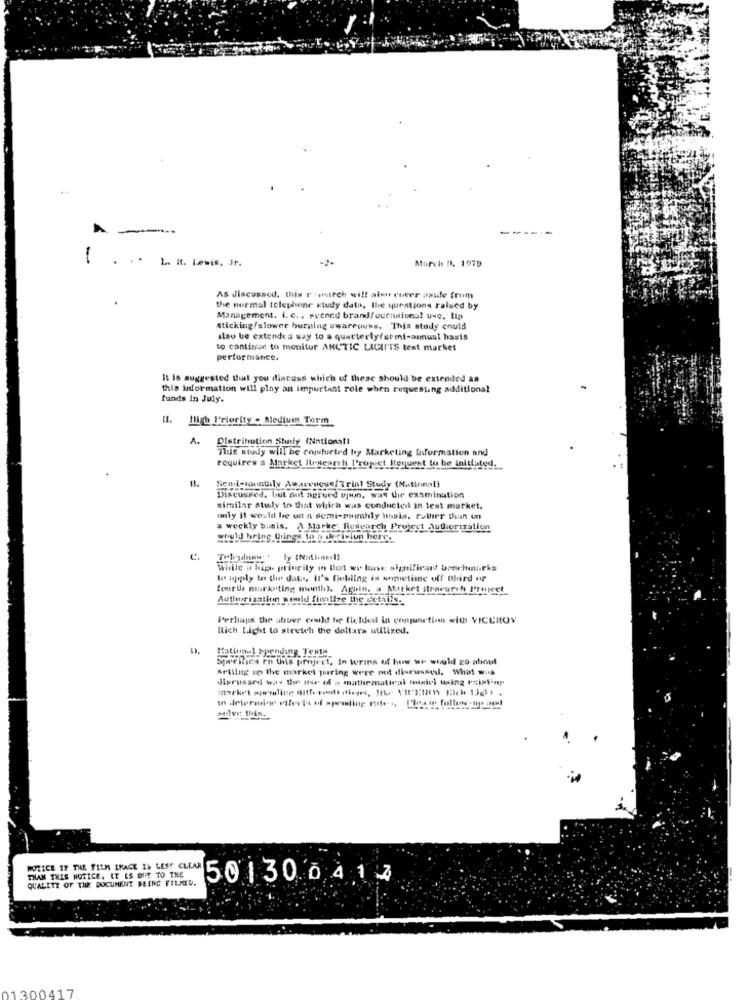
..
1
L. It. Lewis, Jr.
-2.
Marvhs D. 1979
As discussed. this r .ykirch will alen cover aside from
the nurmal telephone study data, the questions raised by
Management. i. e ., Fuened brand/ocrnsional uwc, lip
sticking/slower burning awareness. This study could
also be extendes say to a quarterly/semi-annual basis
to continue to monitur ANUTIC LICII'TS test market
performance.
It is suggested that you discuss which of these should be extended as
this information will play an important role when requesting additional
funds In July.
Il. Iligh l'riocity . Medium Term
A.
Distribution Study (National!
This study will be comtueted by Marketing Information and
requires a Market Research tropict Itequent to be initiated.
Send-monthly Awareness/Trint Study (National!
Discussed, but not agreed opun, was the examination
similar study to that which was conducted in test market.
only it weall be ut a semi-monthly basis, rather Dein on
a weekly basis. A Marke: Research Project Authorization
would bring things to __ che Clun here.
While a hip priority in Ulot we lune significant benchnurks
to apply to the dati, It's fielding in sometime off tthird of
fourte marketing month. Again, a Market stewrarth P'pureet
Authorization would finalize the details ._
Perhaps the above could be fielded in conjunction with VICEROY
Rich Light to stretch the dollars utilized.
Rational Spending Tents
Specifics ch this project, In terms of how we would go about
Artiing up the market paring were not discussedl. What was
Harassed was the itse if a mathematical toiich wing tosixtins
POLICE IF THE FILM LHACE 25 LEST CLEAR
THAK THIS NOTICE, IT IS DUE TO THE
QUALITY OF THE DOCUMENT BEING FILMED.
50130 04 14
1 300417